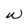
Character: W